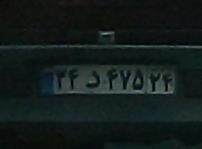
۳۴د۴۷۵۲۴